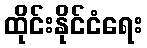
ထိုင်းနိုင်ငံရေး